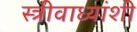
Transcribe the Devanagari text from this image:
स्त्रीवाध्यांशी